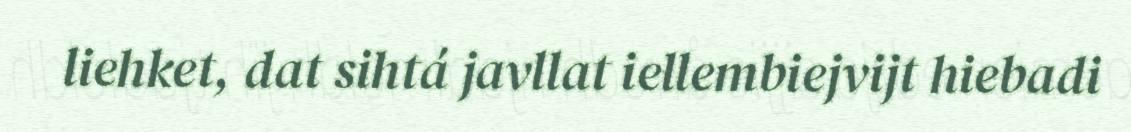
liehket, dat sihtá javllat iellembiejvijt hiebadi